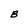
Character: B